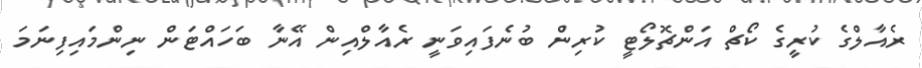
ރެއާލްގެ ކުރީގެ ކޯޗް އަންޗޮލޯޓީ ކުރިން ބުނެފައިވަނީ ރެއާލްއިން އޭނާ ބަހައްޓަން ނިންމައިފިނަމަ